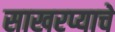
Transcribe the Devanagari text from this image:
साखरप्याचे